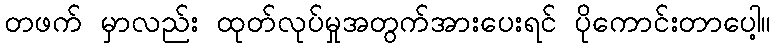
တဖက် မှာလည်း ထုတ်လုပ်မှုအတွက်အားပေးရင် ပိုကောင်းတာပေါ့။